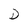
Character: D